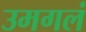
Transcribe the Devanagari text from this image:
उमगलं